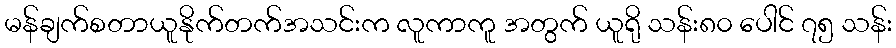
မန်ချက်စတာယူနိုက်တက်အသင်းက လူကာကူ အတွက် ယူရို သန်း၈၀ ပေါင် ၇၅ သန်း